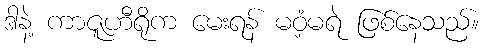
ဒါနဲ့ ကာဇူဟီရိုက မေးရန် မဝံ့မရဲ ဖြစ်နေသည်။